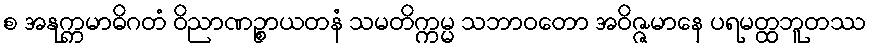
စ အနုက္ကမာဓိဂတံ ဝိညာဏဉ္စာယတနံ သမတိက္ကမ္မ သဘာဝတော အဝိဇ္ဇမာနေ ပရမတ္ထဘူတဿ